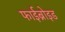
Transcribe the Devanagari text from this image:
फाईब्रोइड